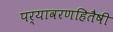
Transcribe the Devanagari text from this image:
पर्यावरणहितैषी